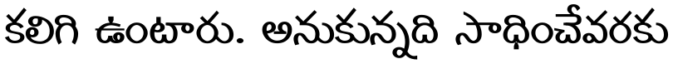
కలిగి ఉంటారు. అనుకున్నది సాధించేవరకు